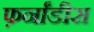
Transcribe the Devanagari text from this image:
फ़र्नांडीस